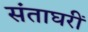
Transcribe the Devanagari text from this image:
संताघरीं